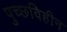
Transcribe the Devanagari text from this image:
पुच्छविहीन